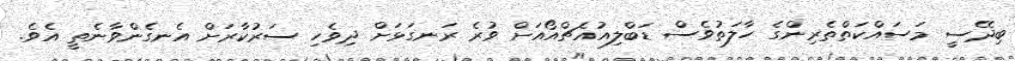
ބިދޭސީ މަސައްކަތްތެރިންގެ ހާލަތުވެސް ޑަބްލިއުއެޗްއޯއަށް ވުރެ ރަނގަޅަށް ދިވެހި ސަރުކާރަށް އެނގެންވާނެތީ އެވެ.